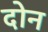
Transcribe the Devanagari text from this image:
दाेन